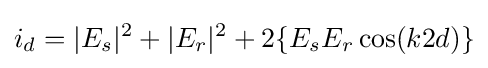
i_{d}=|E_{s}|^{2}+|E_{r}|^{2}+2\{E_{s}E_{r}\cos(k2d)\}